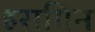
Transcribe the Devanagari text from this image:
हरागिन